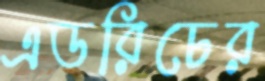
এডরিচের